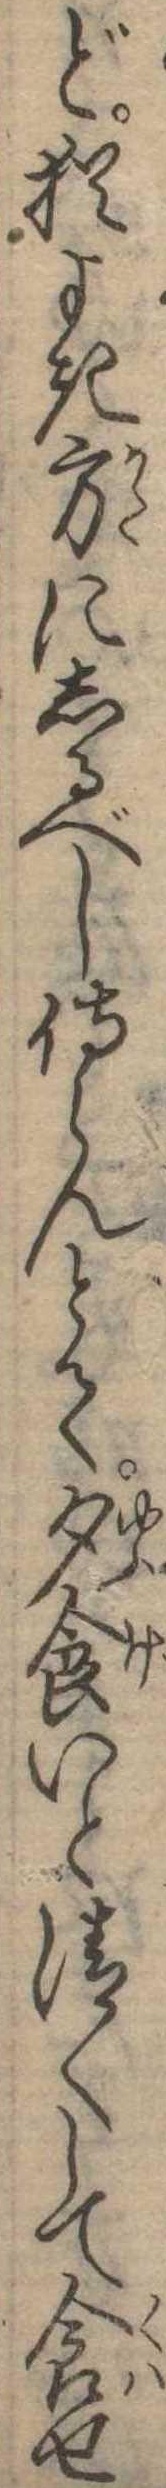
ど猶よき方にしるべし侍らんとて夕食いと清くして食せ